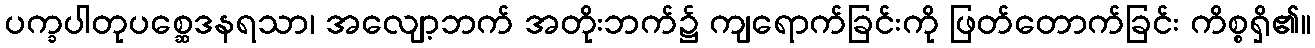
ပက္ခပါတုပစ္ဆေဒနရသာ၊ အလျော့ဘက် အတိုးဘက်၌ ကျရောက်ခြင်းကို ဖြတ်တောက်ခြင်း ကိစ္စရှိ၏။